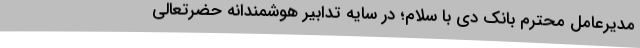
مدیرعامل محترم بانک دی با سلام؛ در سایه تدابیر هوشمندانه حضرتعالی